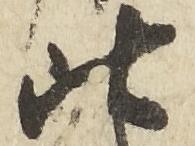
比